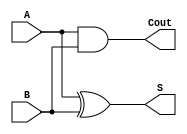
module halfadder(
  input A,
  input B,
  output S,
  output Cout
);

xor(S, A, B);
and(Cout, A, B);

endmodule


module fulladder(A,B,C,S,Cout);
input A,B,C;
output S,Cout;
wire t1,t2,t3;
halfadder f1(A,B,t1,t2);
halfadder f2(C,t1,S,t3);
 or(Cout,t2,t3);
endmodule
module addsub(
 input [3:0] A,
 input [3:0] B,
 input mode,
 output [3:0] S,
 output Cout
);
 wire [2:0] c;
 wire t1, t2, t3, t4;
 xor x1(t1,mode,B[0]);
 xor x2(t2,mode,B[1]);
 xor x3(t3,mode,B[2]);
 xor x4(t4,mode,B[3]);
 fulladder x5(A[0],t1,mode,S[0],c[0]);
 fulladder x6(A[1],t2,c[0],S[1],c[1]);
 fulladder x7(A[2],t3,c[1],S[2],c[2]);
 fulladder x8(A[3],t4,c[2],S[3],Cout);
endmodule

module addsub_tb();
reg [3:0]A,B;
reg mode;
wire [3:0]S;
wire Cout;
addsub x9(A,B,mode,S,Cout);
initial
begin
A=4'b0000 ; B=4'b0000;mode=0;
#10 A=4'b0000 ; B=4'b0000;mode=0;
#10 A=4'b0001 ; B=4'b1001;
#10 A=4'b1001 ; B=4'b1100;mode=1;
#10 A=4'b1010 ; B=4'b0101;
#10 $finish;
end
endmodule